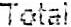
TOTAL